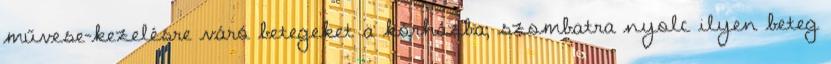
művese-kezelésre váró betegeket a kórházba; szombatra nyolc ilyen beteg